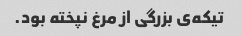
تیکه‌ی بزرگی از مرغ نپخته بود.